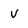
Character: v